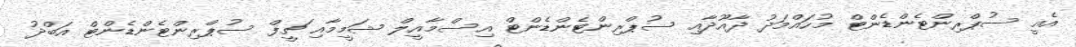
އެއީ ސުޕްރިންޓެންޑެންޓް މުހައްމަދު ދާއޫދާއި ސުޕްރިންޓެންޑެންޓް އިސްމާއީލް ޝަމީމާއި ޗީފް ސުޕްރިންޓެންޑެންޓް އަބްދު